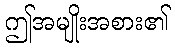
ဤအမျိုးအစား၏